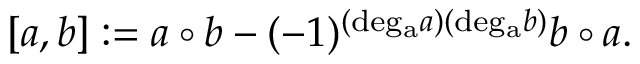
[ a , b ] : = a \circ b - ( - 1 ) ^ { ( \mathrm { d e g _ { a } } a ) ( \mathrm { d e g _ { a } } b ) } b \circ a .